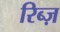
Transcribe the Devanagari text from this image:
रिब्ज़